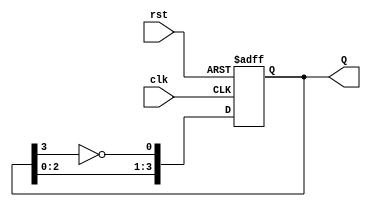
module modified_johnson_counter (
    input wire clk,          // Clock signal
    input wire rst,          // Asynchronous reset signal
    output reg [N-1:0] Q     // Output state of the counter
);

parameter N = 4; // Number of flip-flops (can be adjusted as needed)

always @(posedge clk or posedge rst) begin
    if (rst) begin
        Q <= 0; // Reset the counter to 0
    end else begin
        Q <= {Q[N-2:0], ~Q[N-1]}; // Shift left and feed back the inverted last bit
    end
end

endmodule